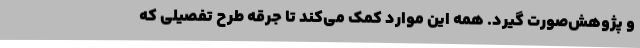
و پژوهش‌صورت گیرد. همه این موارد کمک می‌کند تا جرقه طرح تفصیلی که